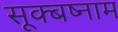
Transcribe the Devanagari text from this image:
सूक्बष्नाम